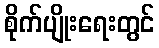
စိုက်ပျိုးရေးတွင်